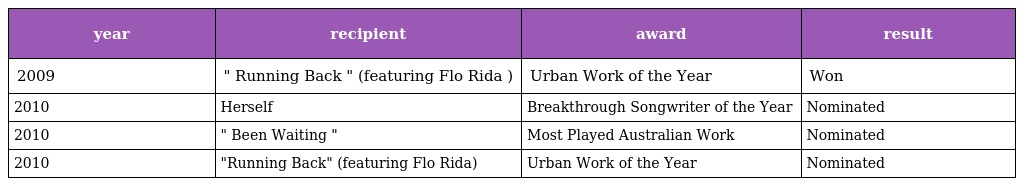
| year | recipient | award | result |
 | --- | --- | --- | --- |
 | 2009 | " Running Back " (featuring Flo Rida ) | Urban Work of the Year | Won |
 | 2010 | Herself | Breakthrough Songwriter of the Year | Nominated |
 | 2010 | " Been Waiting " | Most Played Australian Work | Nominated |
 | 2010 | "Running Back" (featuring Flo Rida) | Urban Work of the Year | Nominated |